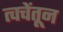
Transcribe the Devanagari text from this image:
त्वचेंतून